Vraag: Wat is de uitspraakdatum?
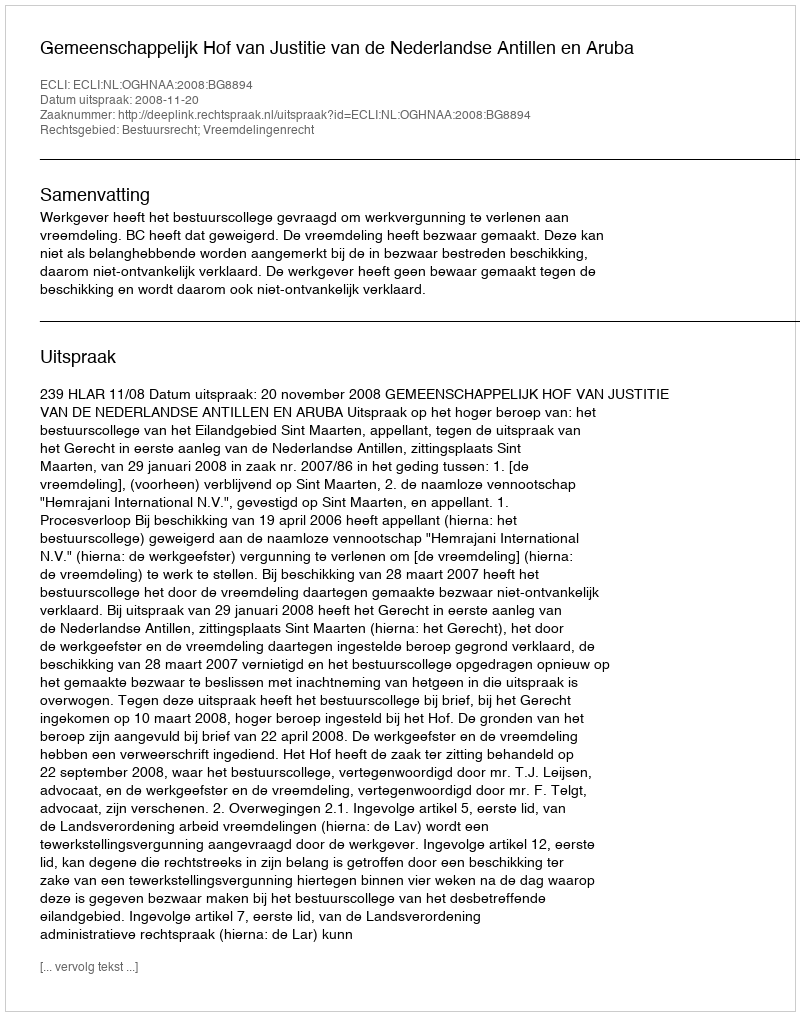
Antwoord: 2008-11-20